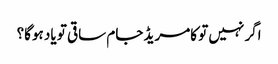
اگر نہیں تو کامریڈ جام ساقی تو یاد ہوگا؟